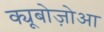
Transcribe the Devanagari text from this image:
क्यूबोज़ोआ